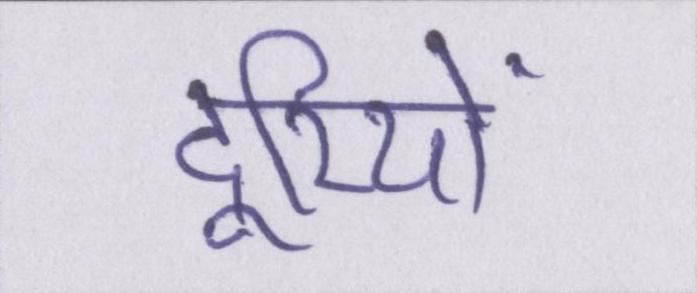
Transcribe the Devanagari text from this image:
दूरियों